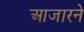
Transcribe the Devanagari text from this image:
आजारने